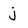
Character: j